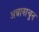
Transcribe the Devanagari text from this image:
अन्नावाचुन